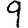
Digit: 9